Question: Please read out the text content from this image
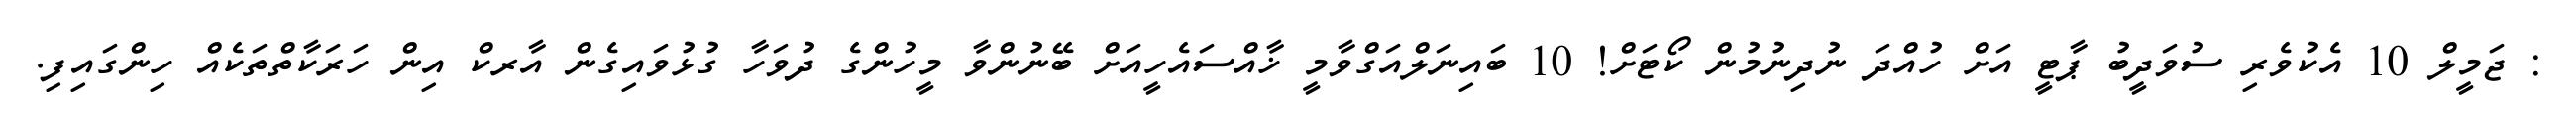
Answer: : ޖަމީލް 10 އެކުވެރި ސުވަދީބު ޕާޓީ އަށް ހުއްދަ ނުދިނުމުން ކޯޓަށް! 10 ބައިނަލްއަގްވާމީ ޚާއްސައެހީއަށް ބޭނުންވާ މީހުންގެ ދުވަހާ ގުޅުވައިގެން އާރކް އިން ހަރަކާތްތަކެއް ހިންގައިފި.